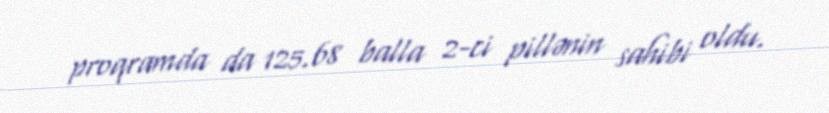
proqramda da 125.68 balla 2-ci pillənin sahibi oldu.